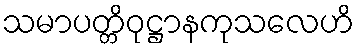
သမာပတ္တိဝုဋ္ဌာနကုသလေဟိ